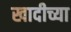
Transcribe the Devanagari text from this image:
खादीच्या